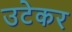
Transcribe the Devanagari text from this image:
उटेकर